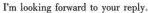
I'm looking forward to your reply.